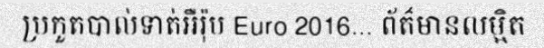
ប្រកួតបាល់ទាត់អឺរ៉ុប Euro 2016... ព័ត៌មានលម្អិត